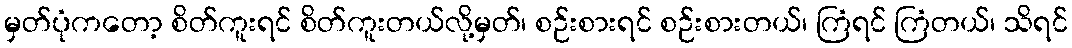
မှတ်ပုံကတော့ စိတ်ကူးရင် စိတ်ကူးတယ်လို့မှတ်၊ စဉ်းစားရင် စဉ်းစားတယ်၊ ကြံရင် ကြံတယ်၊ သိရင်